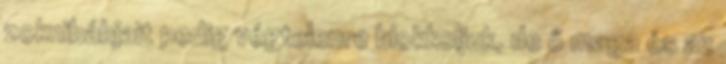
zoknibábjait pedig végtelenre blokkoljuk, de ő maga és az